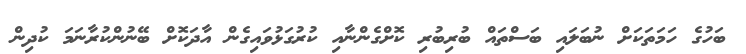
ބަހުގެ ހަމަތަކަށް ނުބަލައި ބަސްތައް ބުރިބުރި ކޮށްގެންނާއި ކުރުގަޅުވައިގެން އާދަކޮށް ބޭނުންކުރާނަމަ ކުދިން